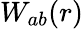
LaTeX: W_{ab}(r)